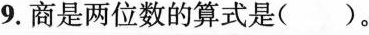
9.商是两位数的算式是()。